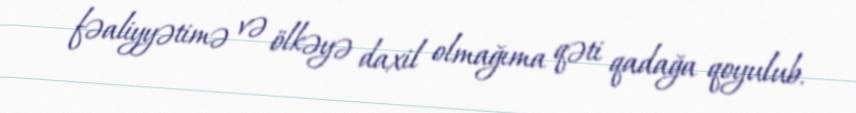
fəaliyyətimə və ölkəyə daxil olmağıma qəti qadağa qoyulub.